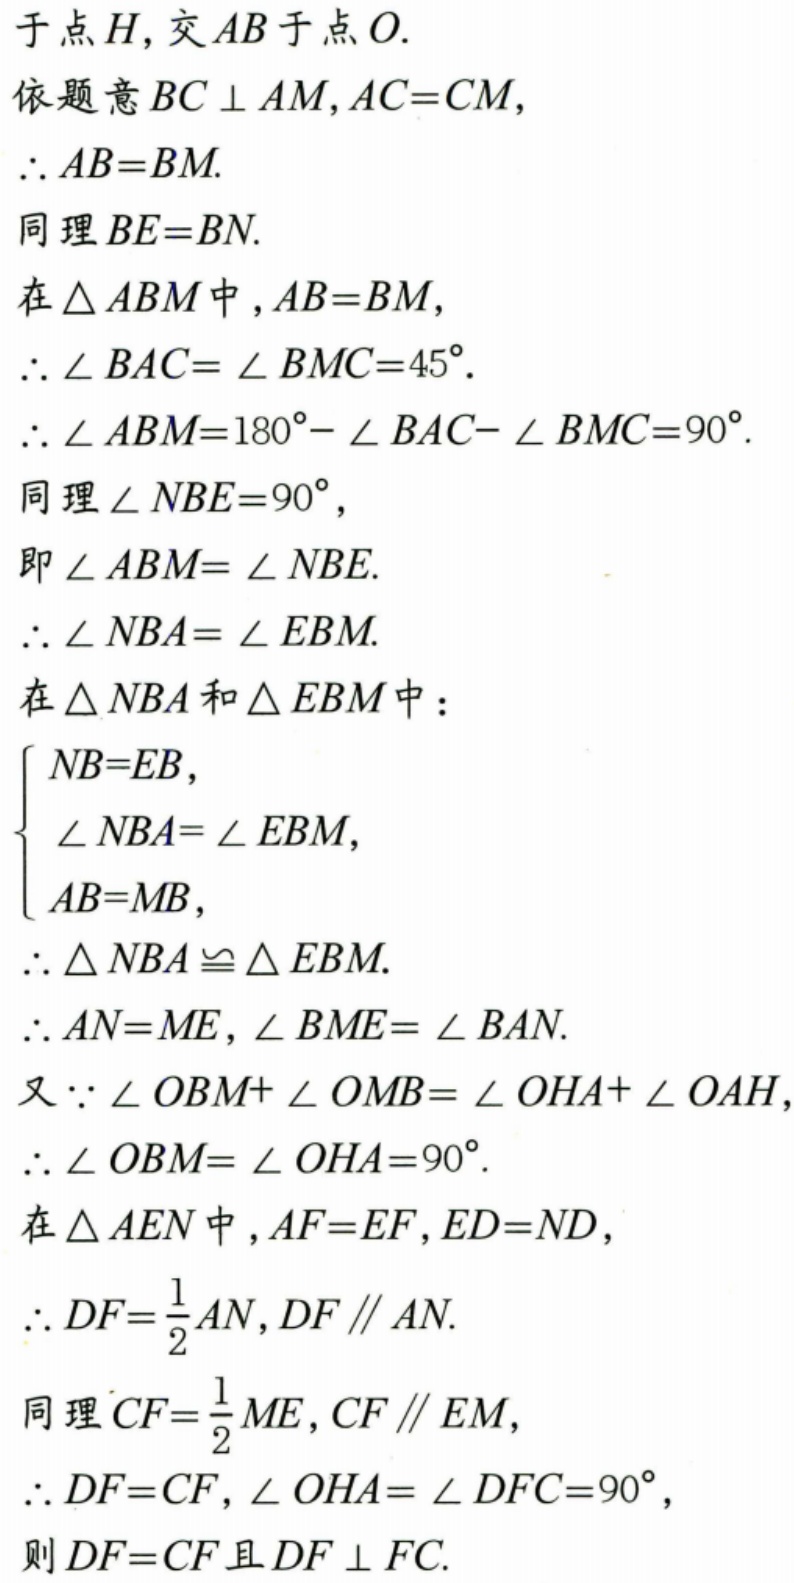
于点\(H\),交\(AB\)于点\(O\).
依题意\(BC\perp AM,AC = CM\),
\(\therefore AB = BM\).
同理\(BE = BN\).
在\(\triangle ABM\)中,\(AB = BM\),
\(\therefore\angle BAC=\angle BMC = 45^{\circ}\).
\(\therefore\angle ABM=180^{\circ}-\angle BAC-\angle BMC = 90^{\circ}\).
同理\(\angle NBE = 90^{\circ}\),
即\(\angle ABM=\angle NBE\).
\(\therefore\angle NBA=\angle EBM\).
在\(\triangle NBA\)和\(\triangle EBM\)中：
\(\begin{cases}NB = EB,\\\angle NBA=\angle EBM,\\AB = MB,\end{cases}\)
\(\therefore\triangle NBA\cong\triangle EBM\).
\(\therefore AN = ME,\angle BME=\angle BAN\).
又\(\because\angle OBM+\angle OMB=\angle OHA+\angle OAH\),
\(\therefore\angle OBM=\angle OHA = 90^{\circ}\).
在\(\triangle AEN\)中,\(AF = EF,ED = ND\),
\(\therefore DF=\frac{1}{2}AN,DF\parallel AN\).
同理\(CF=\frac{1}{2}ME,CF\parallel EM\),
\(\therefore DF = CF,\angle OHA=\angle DFC = 90^{\circ}\),
则\(DF = CF\)且\(DF\perp FC\).